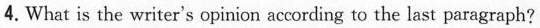
4.What is the writer's opinmon aceovding to the last paragraph?